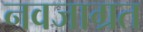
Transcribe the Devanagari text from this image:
नवजाग्रत